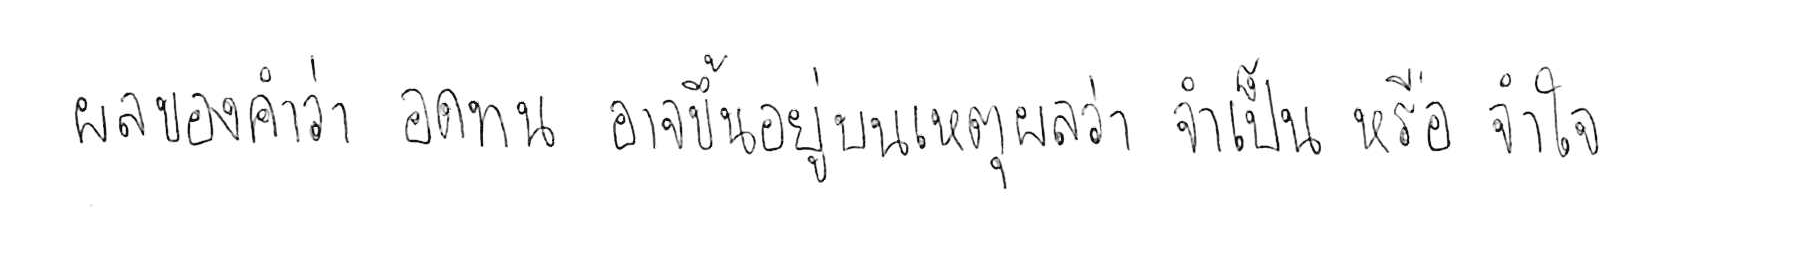
ผลของคำว่า อดทน อาจขึ้นอยู่บนเหตุผลว่า จำเป็น หรือ จำใจ